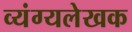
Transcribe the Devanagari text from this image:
व्यंग्यलेखक